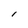
Character: l